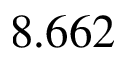
8 . 6 6 2